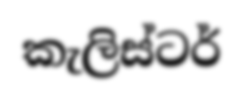
කැලිස්ටර්